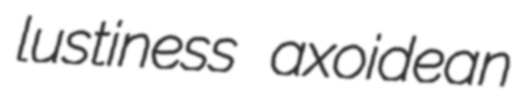
lustiness axoidean